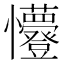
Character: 𭟭